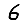
Digit: 6